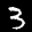
Label: 3